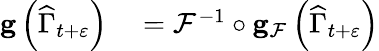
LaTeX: \begin{array}{rl}{\mathbf{g}\left(\widehat{\Gamma}_{t+\varepsilon}\right)}&{{}=\mathcal{F}^{-1}\circ\mathbf{g}_{\mathcal{F}}\left(\widehat{\Gamma}_{t+\varepsilon}\right)}\end{array}